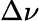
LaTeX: \Delta\nu